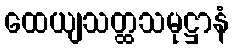
ထေယျသတ္ထသမုဋ္ဌာနံ